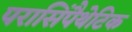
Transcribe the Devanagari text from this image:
परासिंपैथेटिक